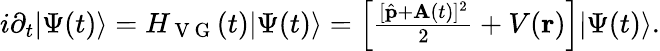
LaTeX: \begin{array}{r}{i\partial_{t}\lvert\Psi(t)\rangle=H_{\mathrm{~V~G~}}(t)\lvert\Psi(t)\rangle=\left[\frac{[\hat{\textbf{p}}+\textbf{A}(t)]^{2}}{2}+V(\textbf{r})\right]\lvert\Psi(t)\rangle.}\end{array}